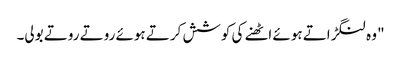
" وہ لنگڑاتے ہوئے اٹھنے کی کوشش کرتے ہوئے روتے روتے بولی۔